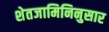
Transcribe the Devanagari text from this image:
शेतजामिनिनुसार